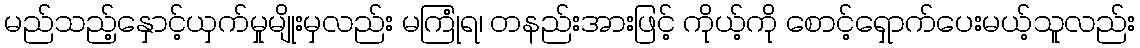
မည်သည့်နှောင့်ယှက်မှုမျိုးမှလည်း မကြုံရ၊ တနည်းအားဖြင့် ကိုယ့်ကို စောင့်ရှောက်ပေးမယ့်သူလည်း